system: You are a helpful assistant.
user:
Analyze the provided spectrum to determine if it is a **M-type Giant (gM)**.

A M-type Giant spectrum is defined by its **strong molecular absorption** features, particularly from **Titanium Oxide (TiO)**. You must check for one of the following mutually exclusive signatures:

- **Key Visual Indicators (Absorption-Dominated Spectrum):**

    - **(Primary):** The spectrum is dominated by strong molecular absorption from **Titanium Oxide (TiO)**. This is the **defining feature** of its M-type temperature class.
        - **(Key Bandheads):** Look for sharp, "saw-tooth" absorption valleys. The strongest are located near **~7050 Å**, **~6160 Å**, and **~5170 Å**.
        - **(Line Profile):** The "saw-tooth" morphology is critical: a **sharp, steep drop on the BLUE (short-wavelength) side** of the bandhead, followed by a gradual recovery (rising flux) towards the RED (long-wavelength) side.

    - **(Key Confirmation - Giant vs. Dwarf):** **ABSENCE** of strong **Calcium Hydride (CaH)** molecular bands. This is the primary diagnostic for *excluding* M-dwarfs.
        - **(Key Region):** The spectrum should lack the strong, broad absorption band seen in dwarfs between **~6800 Å and ~7000 Å**.

    - **(Secondary Confirmation - Giant):** A very strong and broad **Neutral Calcium (Ca I)** atomic absorption line.
        - **(Key Line):** Located at **~4226 Å**. In a giant (gM), this line is significantly deeper and broader than the same line in an M-dwarf (dM) due to low surface gravity.

    - **(Overall Spectrum):**
        - The continuum is **extremely red-sloping** (i.e., flux is very low in the blue and rises dramatically towards the red).
        - The entire spectrum appears "chopped up" by the deep TiO bands.

Think first, call **spectral_visualization_tool** if needed to examine features in detail, then provide your final answer. Your response must adhere to the following strict rules:
1.  **Overall Structure:** Your response must follow the format `<think>...</think> <tool_call>...</tool_call> (if a tool is used) <answer>...</answer>`.
2.  **Tool Usage Constraint:** You may only make **one** tool call per turn.
3.  **Final Answer Format:** In the `<answer>` tag, your conclusion must be inside a `\boxed{}` command (e.g., `\boxed{YES}` or `\boxed{NO}`), followed by your justification.

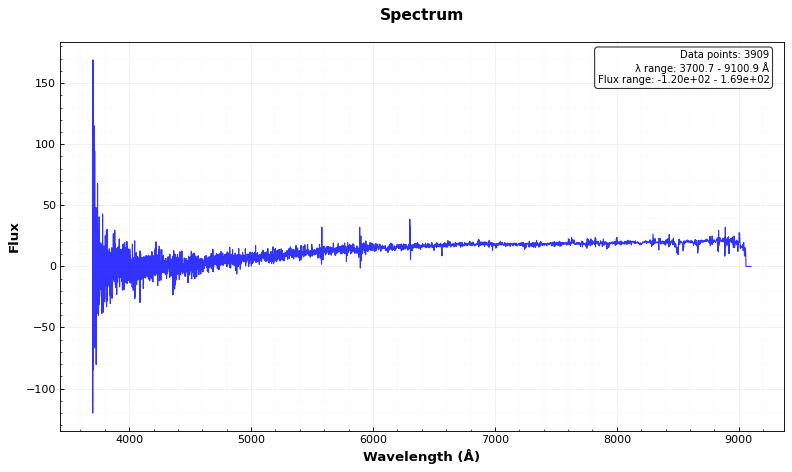
Answer: NO